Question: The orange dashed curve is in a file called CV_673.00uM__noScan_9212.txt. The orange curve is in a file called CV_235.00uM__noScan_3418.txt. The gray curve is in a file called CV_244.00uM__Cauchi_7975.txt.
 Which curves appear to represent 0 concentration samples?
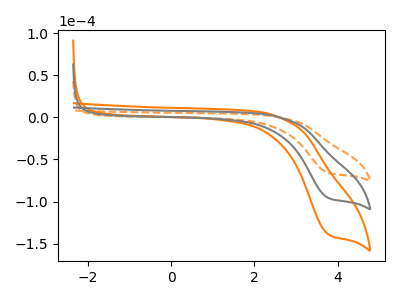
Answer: <think>The orange dashed curve "673.00uM" has a cathodic peak at: (3.80V, -65.95uA). The orange curve "235.00uM" has a cathodic peak at: (3.80V, -191.45uA). The gray curve "244.00uM" has a cathodic peak at: (3.80V, -95.70uA).</think>
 <answer>There are not any CV's on this graph that are likely to be blanks.</answer>
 <eval>none</eval>